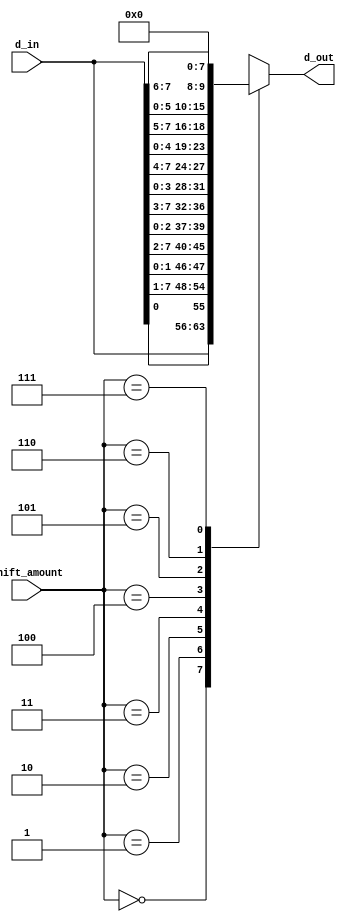
module right_barrel_shifter(
	input [7:0] d_in,
	input [2:0] shift_amount,
	output reg [7:0] d_out
);

//Examples:
// 0 no change
// 1 : in: 10000000 out: 01000000
// 2 : in: 10000000 out: 00100000
// 3 : in: 10000000 out: 00010000

always @* begin
	case (shift_amount)
		0 : d_out = d_in;
		1 : d_out = {d_in[0], d_in[7:1]}; //done
		2 : d_out = {d_in[1:0], d_in[7:2]};
		3 : d_out = {d_in[2:0], d_in[7:3]};
		4 : d_out = {d_in[3:0], d_in[7:4]};
		5 : d_out = {d_in[4:0], d_in[7:5]};
		6 : d_out = {d_in[5:0], d_in[7:6]};
		7 : d_out = 0;
	endcase
end 

endmodule